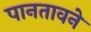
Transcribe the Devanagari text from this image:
पानतावने